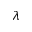
\lambda